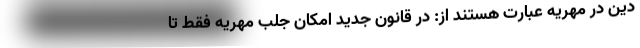
دین در مهریه عبارت هستند از: در قانون جدید امکان جلب مهریه فقط تا